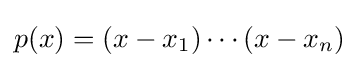
p(x)=(x-x_{1})\cdots (x-x_{n})